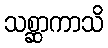
သစ္ဆာကာသိ